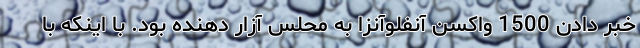
خبر دادن 1500 واکسن آنفلوآنزا به محلس آزار دهنده بود. با اینکه با